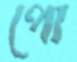
পো